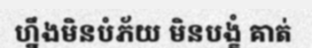
ហ្នឹងមិនបំភ័យ មិនបង្ខំ គាត់